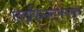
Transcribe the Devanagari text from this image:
एल्‌फिन्स्टननंतर